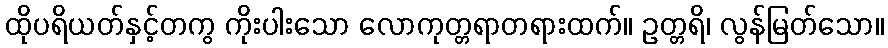
ထိုပရိယတ်နှင့်တကွ ကိုးပါးသော လောကုတ္တရာတရားထက်။ ဥတ္တရိ၊ လွန်မြတ်သော။